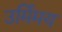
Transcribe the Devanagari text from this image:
उर्मिमय